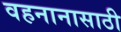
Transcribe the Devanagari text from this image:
वहनानासाठी